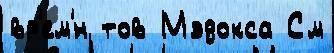
вр'ем'́н тов Мэдокса См